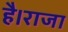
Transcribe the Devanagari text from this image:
है।राजा